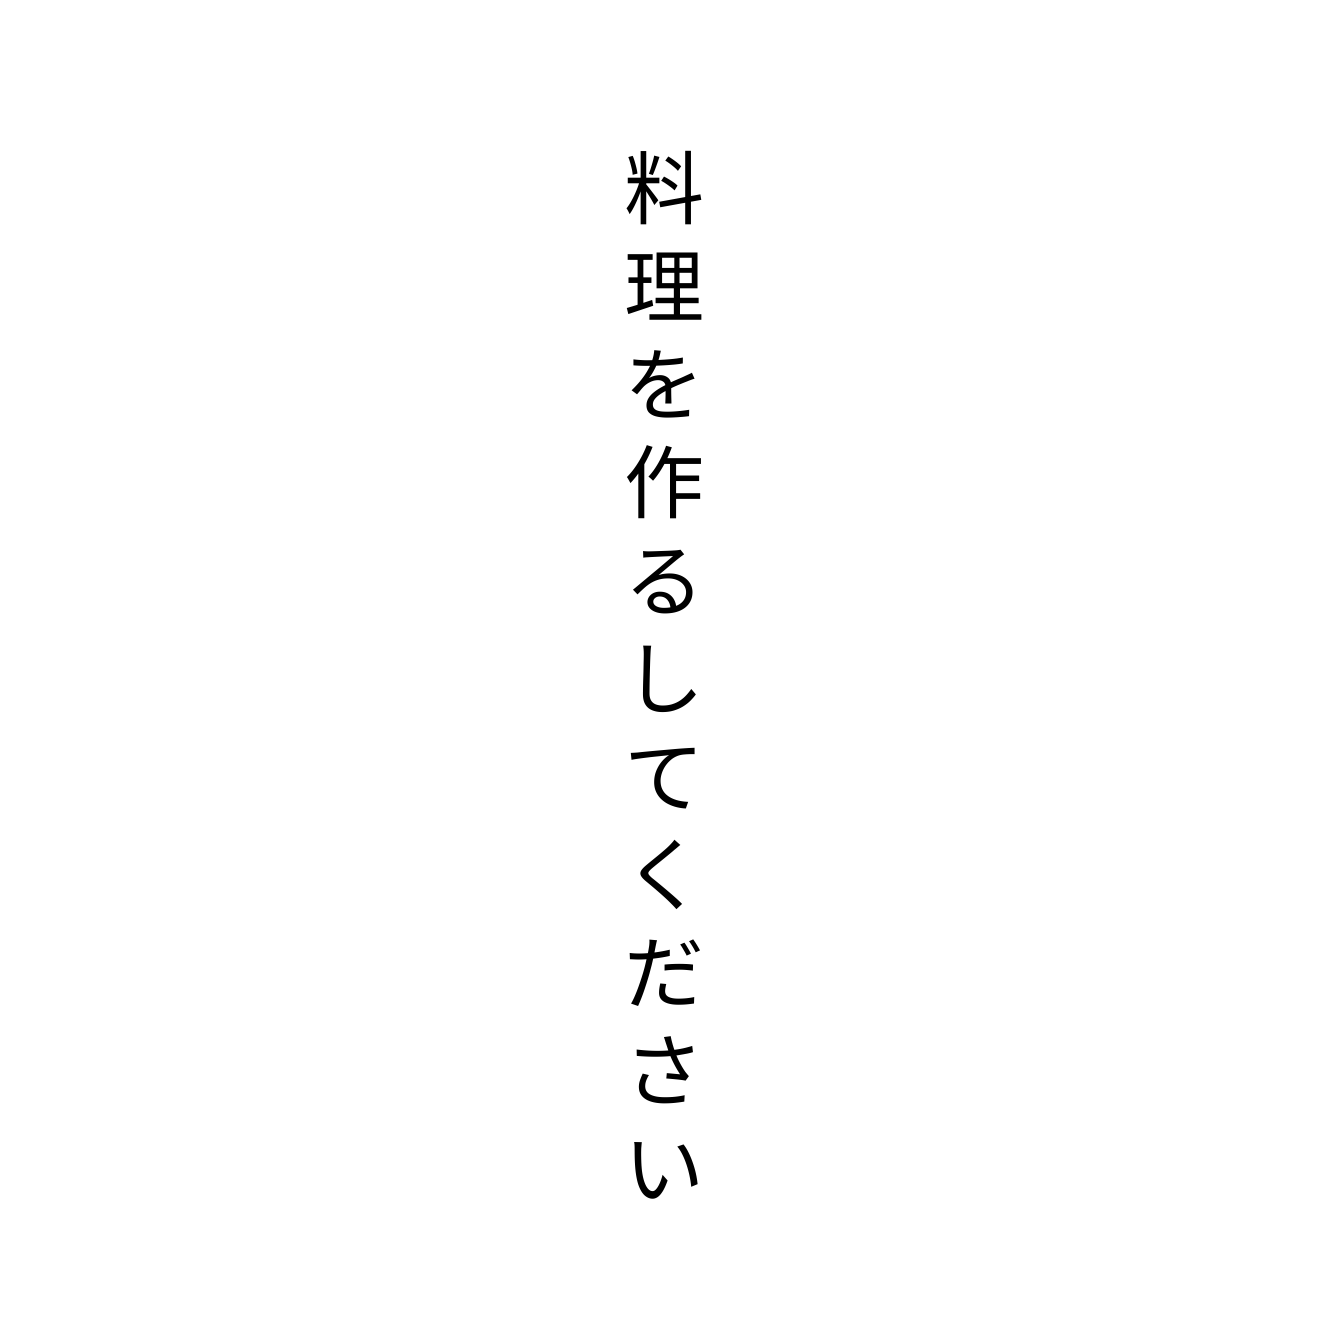
料理を作るしてください